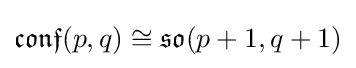
{\mathfrak {conf}}(p,q)\cong {\mathfrak {so}}(p+1,q+1)